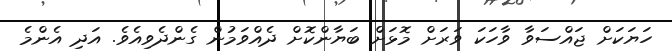
ހަޔަކަށް ޖައްސަވާ ވާހަކަ ވަރަށް މޮޅަށް ބަޔާންކޮށް ދެއްވަމުން ގެންދެވިއެވެ. އަދި އެންމެ